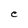
Character: C